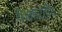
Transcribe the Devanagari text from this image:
थे।भारतीय